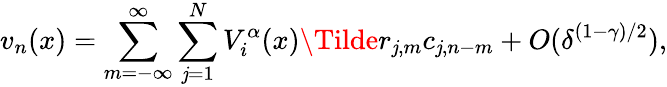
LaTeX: v_{n}(x)=\sum_{m=-\infty}^{\infty}\sum_{\mathit{j}=1}^{N}V_{i}^{\alpha}(x)\Tilde{r}_{\mathit{j},m}c_{\mathit{j},n-m}+O(\delta^{(1-\gamma)/2}),